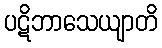
ပဋိဘာသေယျာတိ